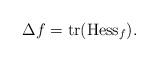
LaTeX: \begin{align*}\Delta f=\mathrm{tr}(\mathrm{Hess}_f) .\end{align*}